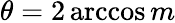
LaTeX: \theta=2\operatorname{arccos}{m}